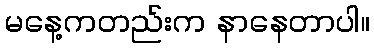
မနေ့ကတည်းက နာနေတာပါ။